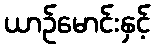
ယာဉ်မောင်းနှင့်